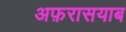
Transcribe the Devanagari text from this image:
अफ़रासयाब